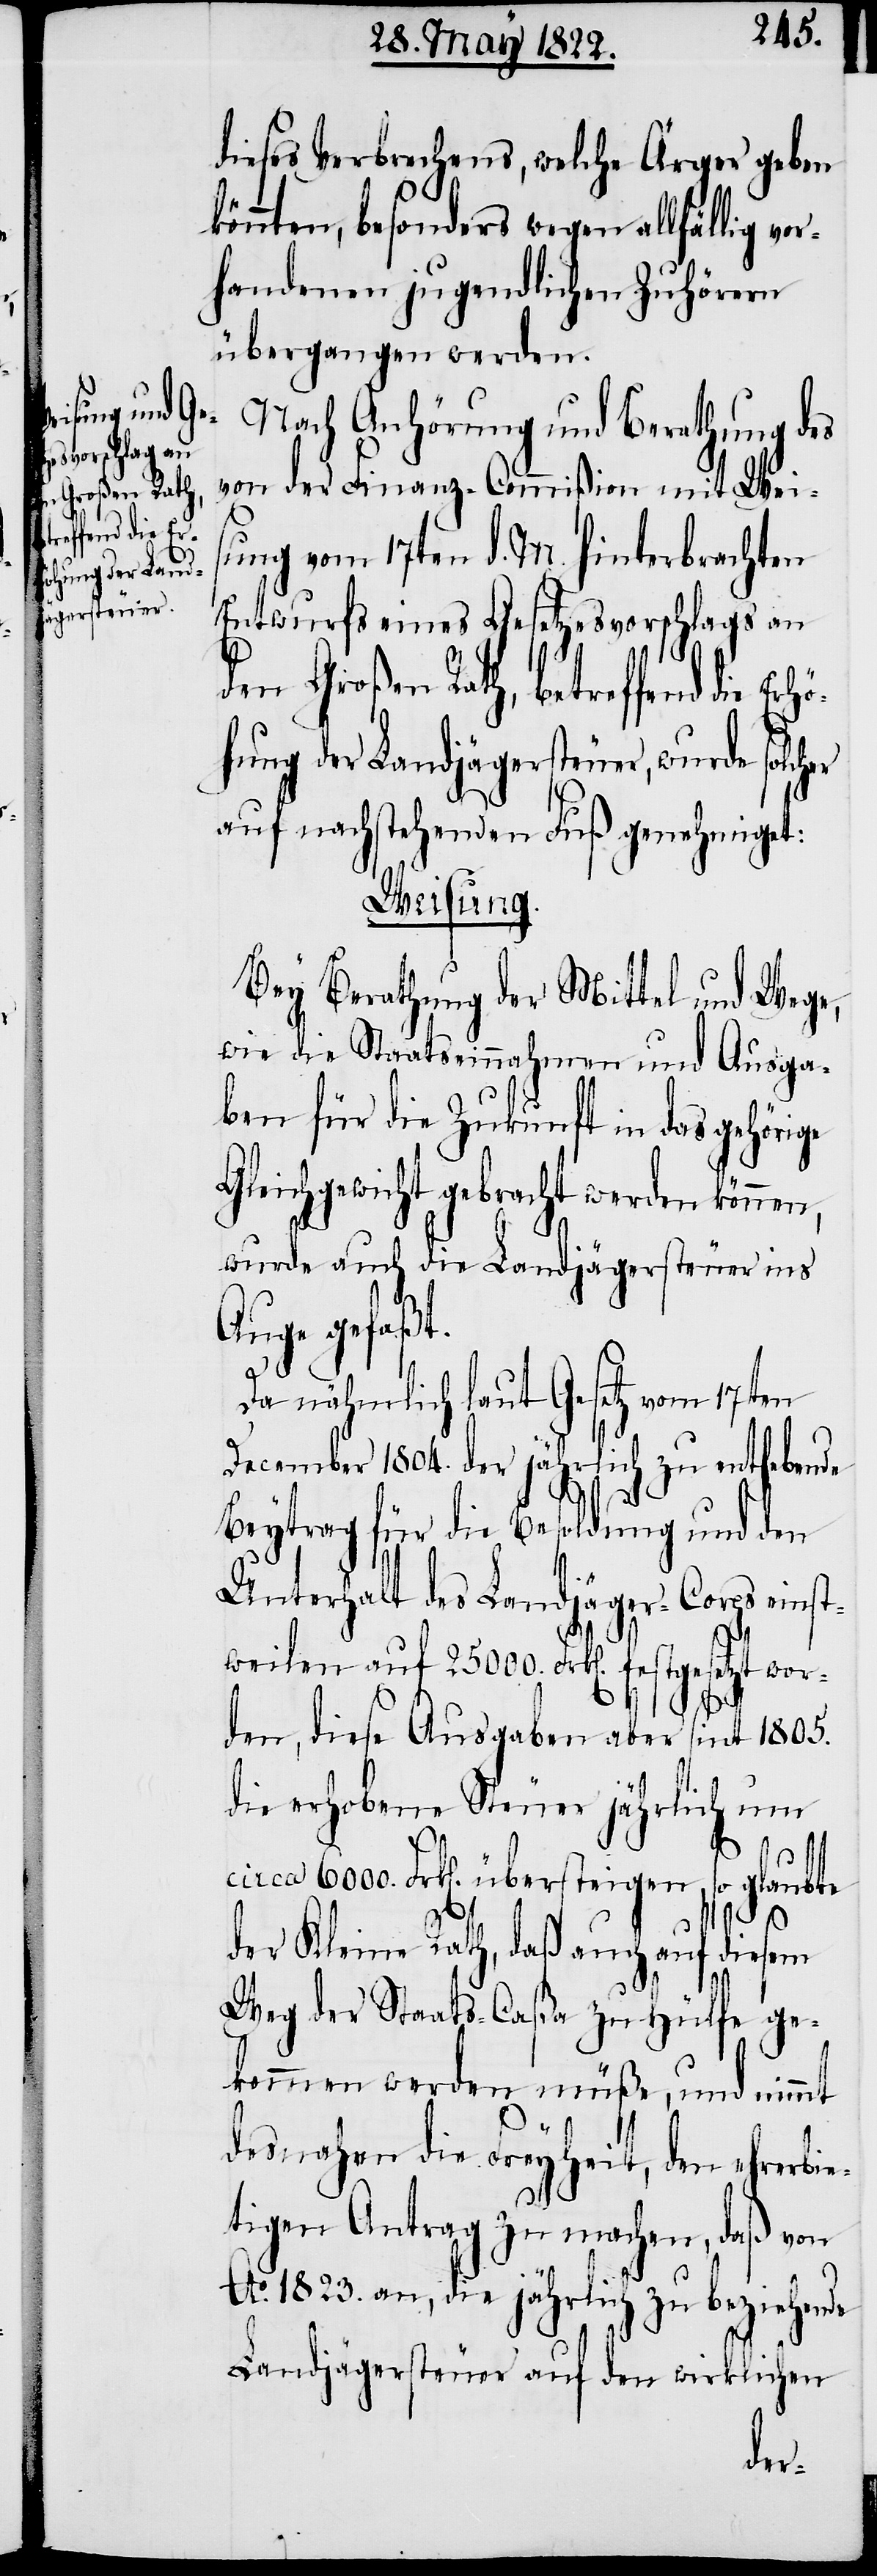
Erhö¬
dieses Verbrechens, welche Ärger geben
könnten, besonders wegen allfällig vor¬
handenen jugendlichen Zuhörern
übergangen werden.
Nach Anhörung und Berathung des
von der Finanz-Commißion mit Weis¬
ung vom 17ten d. M. hinterbrachten
Entwurfs eines Gesetzesvorschlags an
den Großen Rath, betreffend die
hung der Landjägersteuer, wurde solcher
auf nachstehenden Fuß genehmiget:
Weisung.
Bey Berathung der Mittel und Wege,
wie die Staatseinnahmen und Ausga¬
ben für die Zukunft in das gehörige
Gleichgewicht gebracht werden können,
wurde auch die Landjägersteuer ins
Auge gefaßt.
Da nämlich laut Gesetz vom 17ten
December 1804. der jährlich zu enthebende
Beytrag für die Besoldung und den
Unterhalt des Landjäger-Corps einst¬
weilen auf 25000. Frk[en]. festgese¬
tzt
den, diese Ausgaben aber sint 1805.
die erhobene Steuer jährlich um
Frk[en]. übersteigen, so glaubte
der Kleine Rath, daß auch auf
Weg der Staats-Caßa zu Hülfe ge¬
kommen werden müße und nimmt
desnahen die Freyheit, den ehrerbie¬
tigen Antrag zu machen, daß von
Ao. 1823. an, die jährlich zu beziehende
Landjägersteuer auf den wirklichen
wor¬